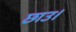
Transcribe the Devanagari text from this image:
छाउ।